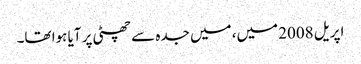
اپریل 2008 میں، میں جدہ سے چھٹی پر آیا ہوا تھا۔